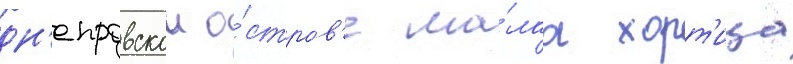
дн'епровском о́стров'е ма́лаа хорт'ица